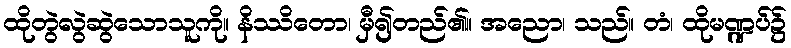
ထိုတွဲလွဲဆွဲသောသူကို။ နိဿိတော၊ မှီ၍တည်၏။ အညော၊ သည်။ တံ၊ ထိုမဏ္ဍပ်၌